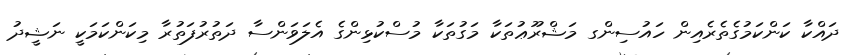
ދައްކާ ކަންކަމުގެތެރެއިން ހައުސިންގ މަޝްރޫޢުތަކާ މަގުތަކާ މުސްކުޅިންގެ އެލަވަންސާ ދަތުރުފަތުރާ މިކަންކަމަކީ ނަޝީދު